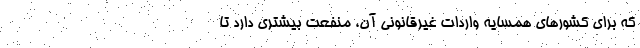
که برای کشورهای همسایه واردات غیرقانونی آن، منفعت بیشتری دارد تا